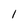
Character: l